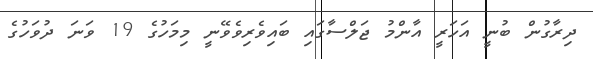
ދިރާގުން ބުނީ އަހަރީ އާންމު ޖަލްސާގައި ބައިވެރިވެވޭނީ މިމަހުގެ 19 ވަނަ ދުވަހުގެ